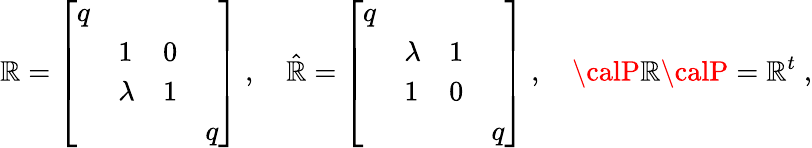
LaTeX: \mathbb{R}=\left[\begin{array}{llll}{{q}}&{{\, }}&{{\, }}&{{\, }}\\ {{\, }}&{{1}}&{{0}}&{{\, }}\\ {{\, }}&{{\lambda}}&{{1}}&{{\, }}\\ {{\, }}&{{\, }}&{{\, }}&{{q}}\end{array}\right]\; ,\quad\hat{{\mathbb{R}}}=\left[\begin{array}{llll}{{q}}&{{\, }}&{{\, }}&{{\, }}\\ {{\, }}&{{\lambda}}&{{1}}&{{\, }}\\ {{\, }}&{{1}}&{{0}}&{{\, }}\\ {{\, }}&{{\, }}&{{\, }}&{{q}}\end{array}\right]\; ,\quad{\calP}\mathbb{R}{\calP}=\mathbb{R}^{t}\; ,